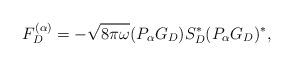
LaTeX: \begin{align*}F^{(\alpha)}_D = -\sqrt{8\pi \omega}(P_{\alpha}G_D)S^{\ast}_D(P_{\alpha}G_D)^{\ast}, \end{align*}